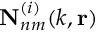
\mathbf { N } _ { n m } ^ { ( i ) } ( k , \mathbf { r } )